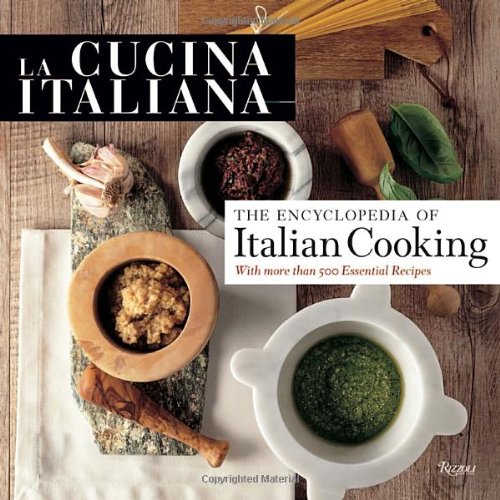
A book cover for La Cucina Italiana Encyclopedia of Italian Cooking; Cookbooks, Food & Wine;